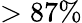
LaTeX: >87\%